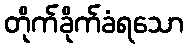
တိုက်ခိုက်ခံရသော